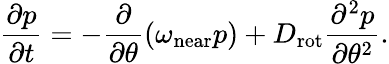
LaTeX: \frac{\partial p}{\partial t}=-\frac{\partial}{\partial\theta}\left(\omega_{\mathrm{near}}p\right)+D_{\mathrm{rot}}\frac{\partial^{2}p}{\partial\theta^{2}}.